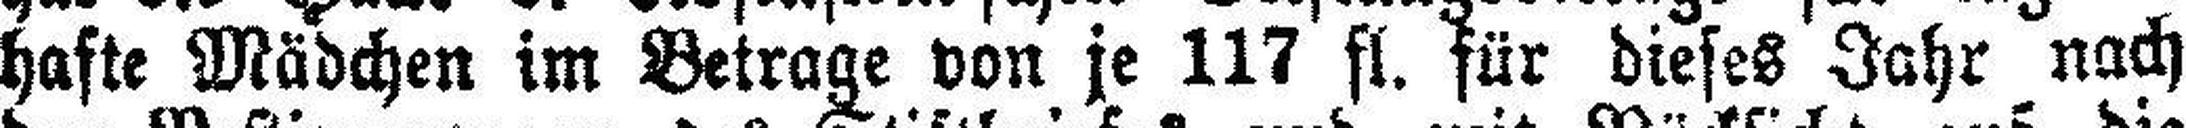
hafte Mädchen im Betrage von je 117 fl. für dieses Jahr nach